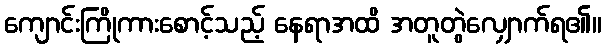
ကျောင်းကြိုကားစောင့်သည့် နေရာအထိ အတူတွဲလျှောက်ရ၏။